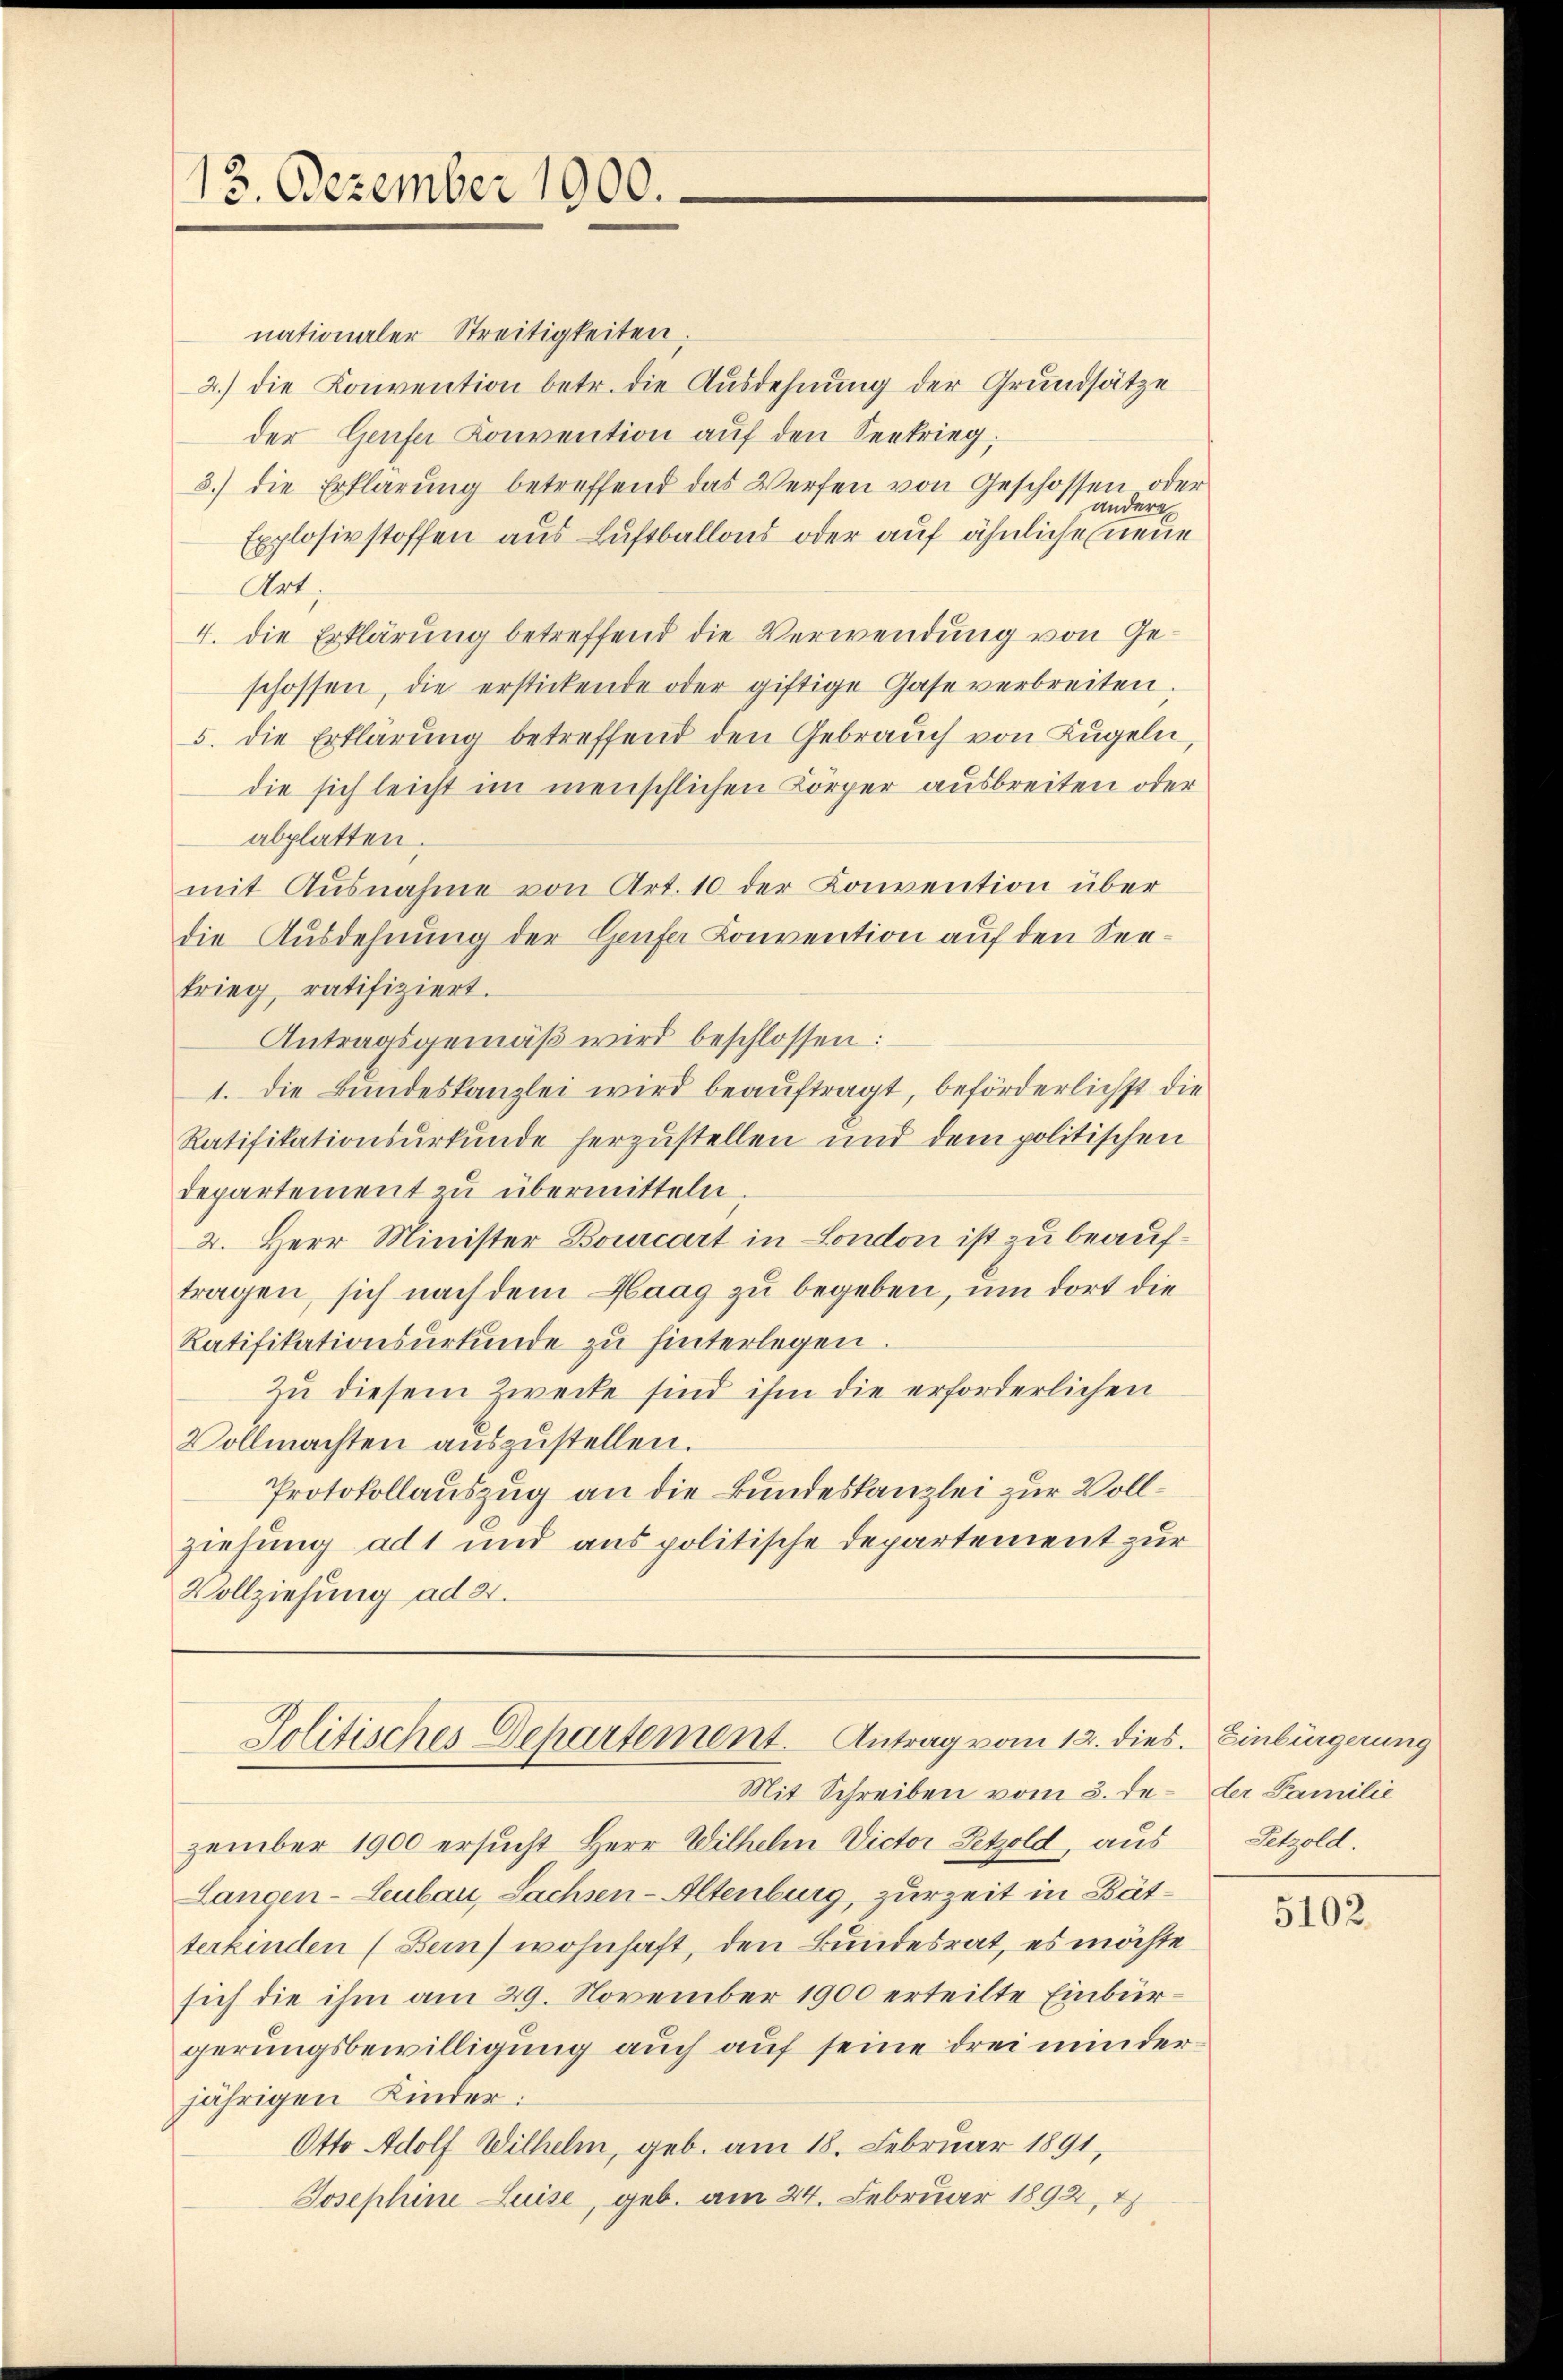
13. Dezember 1900.

nationaler Streitigkeiten.
2.) die Konvention betr. die Ausdehnung der Grundsätze
der Genfer Konvention aŭf den Seekrieg,
3.) die Erklärung betreffend das Werfen von Geschossen oder
anders
Explosivstoffen aus Luftballons oder auf ähnliche neue
Art.
4. die Erklärung betreffend die Verwendung von Geschossen, die erstickende oder giftige Gase verbreiten.
5. die Erklärŭng betreffend den Gebrauch von Kugeln,
die sich leicht im menschlichen Körper ausbreiten oder
abplatten.
mit Ausnahme von Art. 10 der Konvention über
die Ausdehnung der Genfer Convention auf den Seekrieg ratifiziert.
Antragsgemäß wird beschlossen:
1. Die Bundeskanzlei wird beauftragt, beförderlichst die
Ratifikationsurkunde herzustellen und dem politischen
departement zu übermitteln
2. Herr Minister Bourcart in London ist zu beauftragen, sich nach dem Haag zu begeben, um dort die
Ratifikationsŭrkŭnde zu hinterlegen.
Zu diesem Zwecke sind ihm die erforderlichen
Vollmachten auszustellen.
Protokollauszug an die Bundeskanzlei zur Vollziehung adt und aus politische Departement zur
Vollziehung ad 2.

Jolitisches Departement. Antrag vom 12. dies. Einbürgerung

zember 1900 ersucht Herr Wilhelm Victor Petzold, aus
Langen-Leubau, Sachsen-Altenburg, zurzeit in Bätterkinden (Bern) wohnhaft, den Bundesrat, es möchte
sich die ihm am 29. November 1900 erteilte Einbürgerungsbewilligung auch auf seine drei minderjährigen Kinder:
Otto Adolf Wilhelm, geb. am 18. Februar 1891,
Josephine Luise, geb. am 24. Februar 1892, 4

Mit Schreiben vom 3. de der Familie

Petzold.

5102